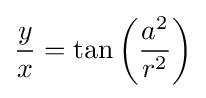
{\frac {y}{x}}=\tan \left({\frac {a^{2}}{r^{2}}}\right)